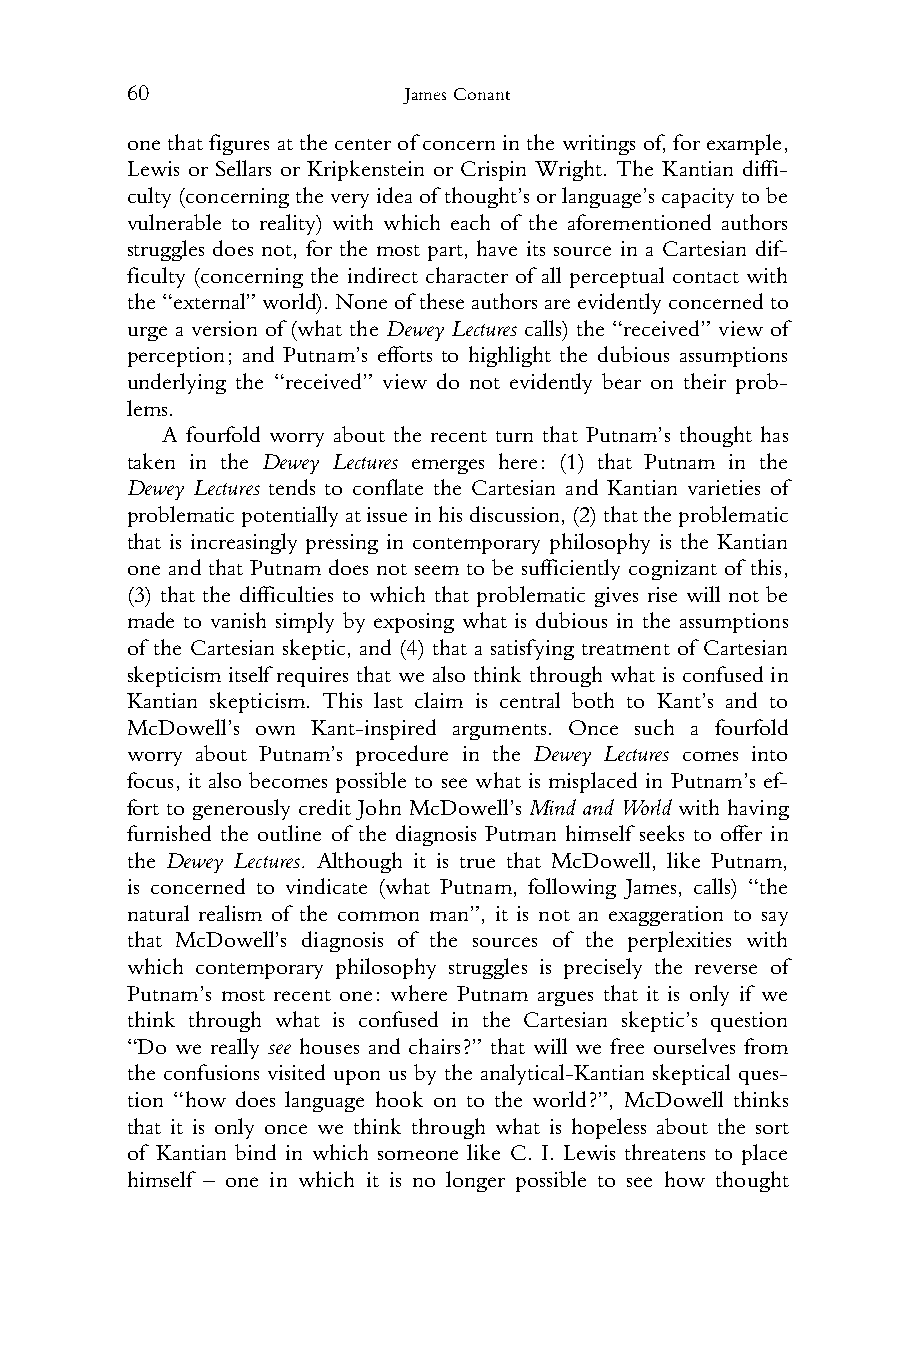
60                 James Conant
 1 onethat figuresatthecenter ofconcern inthe writingsof,for example,
 2 Lewis or Sellars or Kripkenstein or Crispin Wright. The Kantian diffi-
 3 culty(concerningtheveryideaof thought’sorlanguage’scapacitytobe
 4 vulnerable to reality) with which each of the aforementioned authors
 5 struggles does not, for the most part, have its source in a Cartesian dif-
 6 ficulty (concerning the indirect character of all perceptual contact with
 7 the“external”world).Noneof theseauthorsareevidentlyconcernedto
 8 urge a version of (what the Dewey Lectures calls) the “received” view of
 9 perception; and Putnam’s efforts to highlight the dubious assumptions
 10 underlying the “received” view do not evidently bear on their prob-
 11 lems.
 12    A fourfold worry about the recent turn that Putnam’s thought has
 13 taken in the Dewey Lectures emerges here: (1) that Putnam in the
 14 Dewey Lectures tends to conflate the Cartesian and Kantian varieties of
 15 problematicpotentiallyatissueinhisdiscussion,(2)thattheproblematic
 16 that is increasingly pressing in contemporary philosophy is the Kantian
 17 one and that Putnam does not seem to be sufficiently cognizant of this,
 18 (3) that the difficulties to which that problematic gives rise will not be
 19 made to vanish simply by exposing what is dubious in the assumptions
 20 of the Cartesian skeptic, and (4) that a satisfying treatment of Cartesian
 21 skepticism itself requires that we also think through what is confused in
 22 Kantian skepticism. This last claim is central both to Kant’s and to
 23 McDowell’s own Kant-inspired arguments. Once such a fourfold
 24 worry about Putnam’s procedure in the Dewey Lectures comes into
 25 focus, it also becomes possible to see what is misplaced in Putnam’s ef-
 26 fort to generously credit John McDowell’s Mind and World with having
 27 furnished the outline of the diagnosis Putman himself seeks to offer in
 28 the Dewey Lectures. Although it is true that McDowell, like Putnam,
 29 is concerned to vindicate (what Putnam, following James, calls) “the
 30 natural realism of the common man”, it is not an exaggeration to say
 31 that McDowell’s diagnosis of the sources of the perplexities with
 32 which contemporary philosophy struggles is precisely the reverse of
 33 Putnam’s most recent one: where Putnam argues that it is only if we
 34 think through what is confused in the Cartesian skeptic’s question
 35 “Do we really see houses and chairs?” that will we free ourselves from
 36 the confusions visited upon us by the analytical-Kantian skeptical ques-
 37 tion “how does language hook on to the world?”, McDowell thinks
 38 that it is only once we think through what is hopeless about the sort
 39 of Kantian bind in which someone like C. I. Lewis threatens to place
 40 himself – one in which it is no longer possible to see how thought